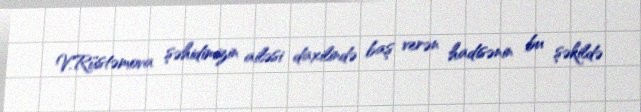
V.Rüstəmova şəhidimizin ailəsi daxilində baş verən hadisənin bu şəkildə